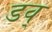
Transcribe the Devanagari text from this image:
डव्